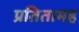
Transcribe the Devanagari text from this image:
प्रतितामह